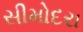
સીમોદરા